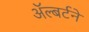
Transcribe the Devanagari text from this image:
ॲल्बर्टने